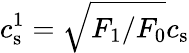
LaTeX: c_{\mathrm{s}}^{1}=\sqrt{F_{1}/F_{0}}c_{\mathrm{s}}